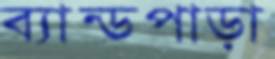
ব্যান্ডপাড়া